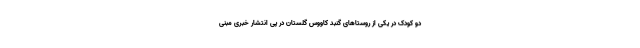
دو کودک در یکی از روستاهای گنبد کاووس گلستان در پی انتشار خبری مبنی